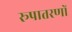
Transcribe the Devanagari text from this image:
रूपातरणों